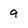
Character: 9